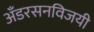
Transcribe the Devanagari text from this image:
अँडरसनविजयी